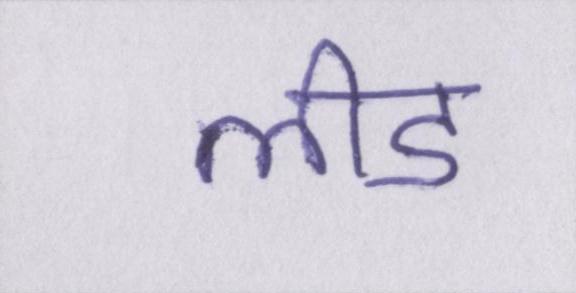
लीड